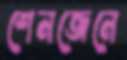
শেনজেনে